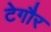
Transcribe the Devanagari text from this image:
टेगौर